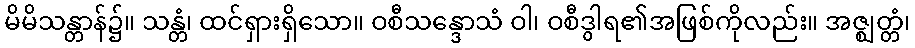
မိမိသန္တာန်၌။ သန္တံ၊ ထင်ရှားရှိသော။ ဝစီသန္ဒောသံ ဝါ၊ ဝစီဒွါရ၏အဖြစ်ကိုလည်း။ အဇ္ဈတ္တံ၊